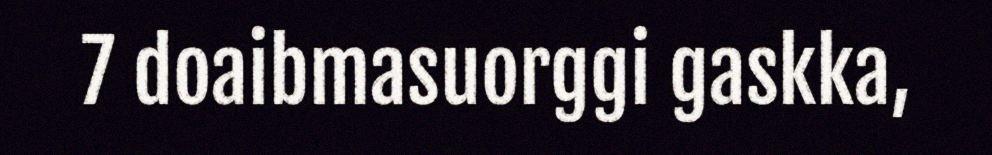
7 doaibmasuorggi gaskka,